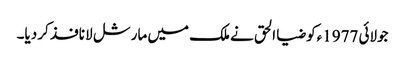
جولائی 1977ءکو ضیا الحق نے ملک میں مارشل لا نافذ کر دیا۔